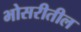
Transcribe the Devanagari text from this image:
भोसरीतील